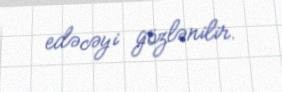
edəcəyi gözlənilir.